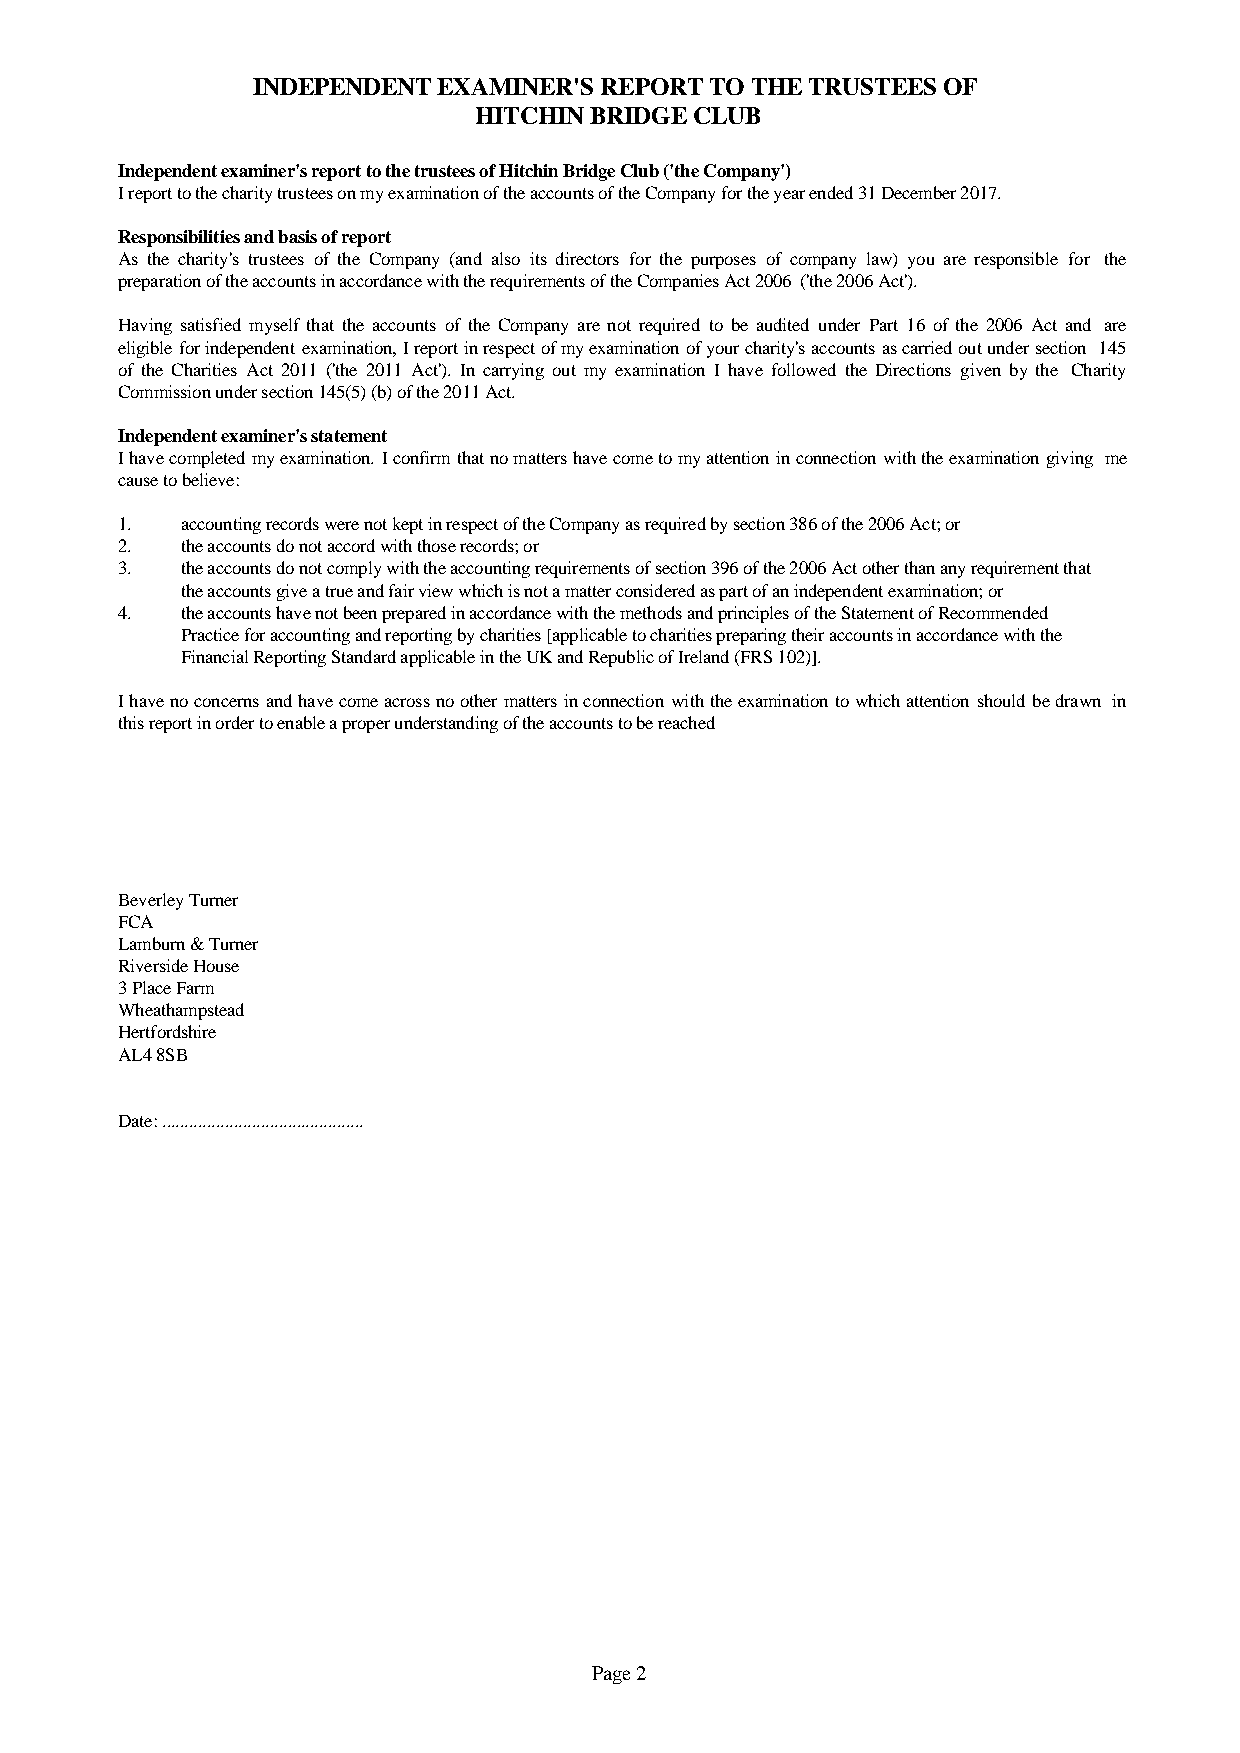
INDEPENDENT EXAMINER'S REPORT TO THE TRUSTEES OF
 HITCHIN BRIDGE CLUB
 Independent examiner's report to the trustees of Hitchin Bridge Club ('the Company')
 I report to the charity trustees on my examination of the accounts of the Company for the year ended 31 December 2017.
 Responsibilities and basis of report
 As the charity's trustees of the Company (and also its directors for the purposes of company law) you are responsible for the
 preparation of the accounts in accordance with the requirements of the Companies Act 2006 ('the 2006 Act').
 Having satisfied myselfthat the accounts of the Company are not required to be audited under Part 16 of the 2006 Act and are
 eligibleforindependentexamination,Ireportinrespectofmyexaminationofyourcharity'saccountsascarriedoutundersection 145
 of the Charities Act 2011 ('the 2011 Act'). In carrying out my examination I have followed the Directions given by the Charity
 Commission under section 145(5) (b) of the 2011 Act.
 Independent examiner's statement
 Ihavecompletedmyexamination.Iconfirmthatnomattershavecometomyattentioninconnectionwiththeexaminationgiving me
 cause to believe:
 1.  accounting records were not kept in respect of the Company as required by section 386 of the 2006 Act; or
 2.  the accounts do not accord with those records; or
 3.  the accounts do not comply with the accounting requirements of section 396 of the 2006 Act other than any requirement that
 the accounts give a true and fair view which is not a matter considered as part of an independent examination; or
 4.  the accounts have not been prepared in accordance with the methods and principles of the Statement of Recommended
 Practice for accounting and reporting by charities [applicable to charities preparing their accounts in accordance with the
 Financial Reporting Standard applicable in the UK and Republic of Ireland (FRS 102)].
 Ihavenoconcernsandhavecomeacrossnoothermattersinconnectionwiththeexaminationtowhichattentionshouldbedrawn in
 this report in order to enable a proper understanding of the accounts to be reached
 Beverley Turner
 FCA
 Lamburn & Turner
 Riverside House
 3 Place Farm
 Wheathampstead
 Hertfordshire
 AL4 8SB
 Date: .............................................
 Page 2